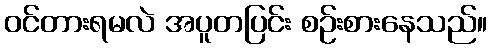
ဝင်တားရမလဲ အပူတပြင်း စဉ်းစားနေသည်။